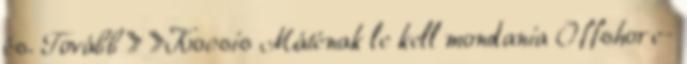
és. Tovább › ›Kocsis Máténak le kell mondania Offshore-